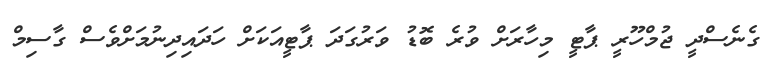
ގެނެސްދީ ޖުމްހޫރީ ޕާޓީ މިހާރަށް ވުރެ ބޮޑު ވަރުގަދަ ޕާޓީއަކަށް ހަދައިދިނުމަށްވެސް ގާސިމް